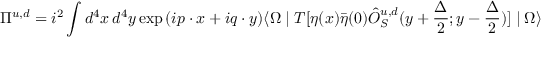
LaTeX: \Pi ^ { u , d } = i ^ { 2 } \int d ^ { 4 } x \, d ^ { 4 } y \exp { ( i p \cdot x + i q \cdot y ) } \langle \Omega \mid T [ \eta ( x ) { \bar { \eta } } ( 0 ) { \hat { O } } _ { S } ^ { u , d } ( y + \frac { \Delta } { 2 } ; y - \frac { \Delta } { 2 } ) ] \mid \Omega \rangle